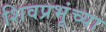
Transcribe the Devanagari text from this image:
शिवप्रभूंच्या